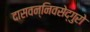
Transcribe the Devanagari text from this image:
दासवन्निवसेद्गुरो